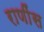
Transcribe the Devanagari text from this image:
राणींस